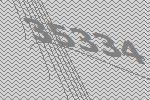
35334